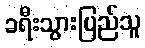
ခရီးသွားပြည်သူ